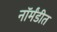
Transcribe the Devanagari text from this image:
नॉर्मंडीत